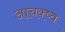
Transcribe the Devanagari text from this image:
आचक्ष्व